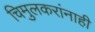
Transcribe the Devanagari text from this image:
चिमुलकरांनाही